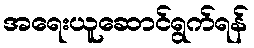
အရေးယူဆောင်ရွက်ရန်